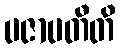
ပဇာပတီတိ